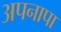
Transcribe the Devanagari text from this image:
अपनापा